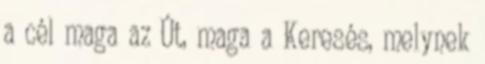
a cél maga az Út, maga a Keresés, melynek